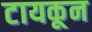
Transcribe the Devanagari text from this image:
टायकून